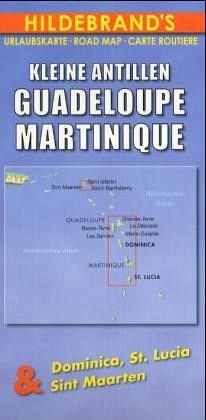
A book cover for Guadeloupe 1:165,000 and Martinique 1:125,000 (Lesser Antilles) Travel Map HILDEBRAND; Hildebrand; Travel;